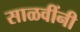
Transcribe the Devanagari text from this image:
साळवींनी